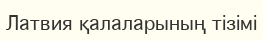
Латвия қалаларының тізімі